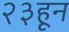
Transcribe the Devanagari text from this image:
२३हून